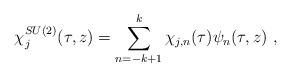
LaTeX: \begin{align*}\chi_j ^{SU(2)} (\tau,z) = \sum_{n=-k+1} ^{k} \chi_{j,n} (\tau) \psi_n (\tau,z) ~,\end{align*}